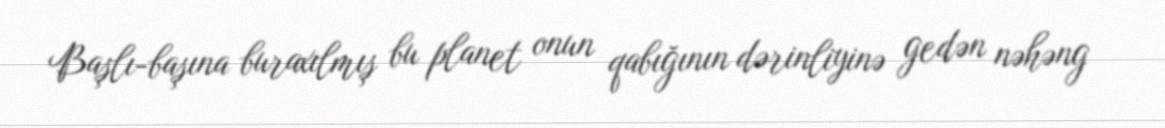
Başlı-başına buraxılmış bu planet onun qabığının dərinliyinə gedən nəhəng